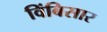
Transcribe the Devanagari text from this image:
विंबिसार